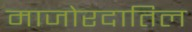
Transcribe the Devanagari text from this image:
माजोरदातिल